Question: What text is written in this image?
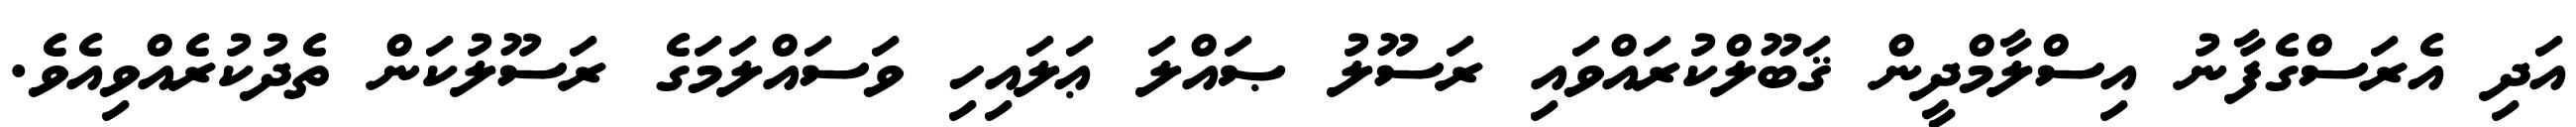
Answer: އަދި އެރަސްގެފާނު އިސްލާމްދީން ޤަބޫލްކުރައްވައި ރަސޫލު ޞައްލަ ޢަލައިހި ވަސައްލަމަގެ ރަސޫލުކަން ތެދުކުރެއްވިއެވެ.